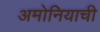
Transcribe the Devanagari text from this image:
अमोनियाची